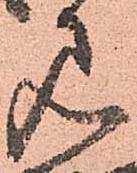
見